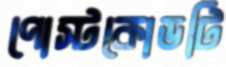
পোস্টকোডটি